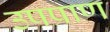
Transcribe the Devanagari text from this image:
उपप्राण